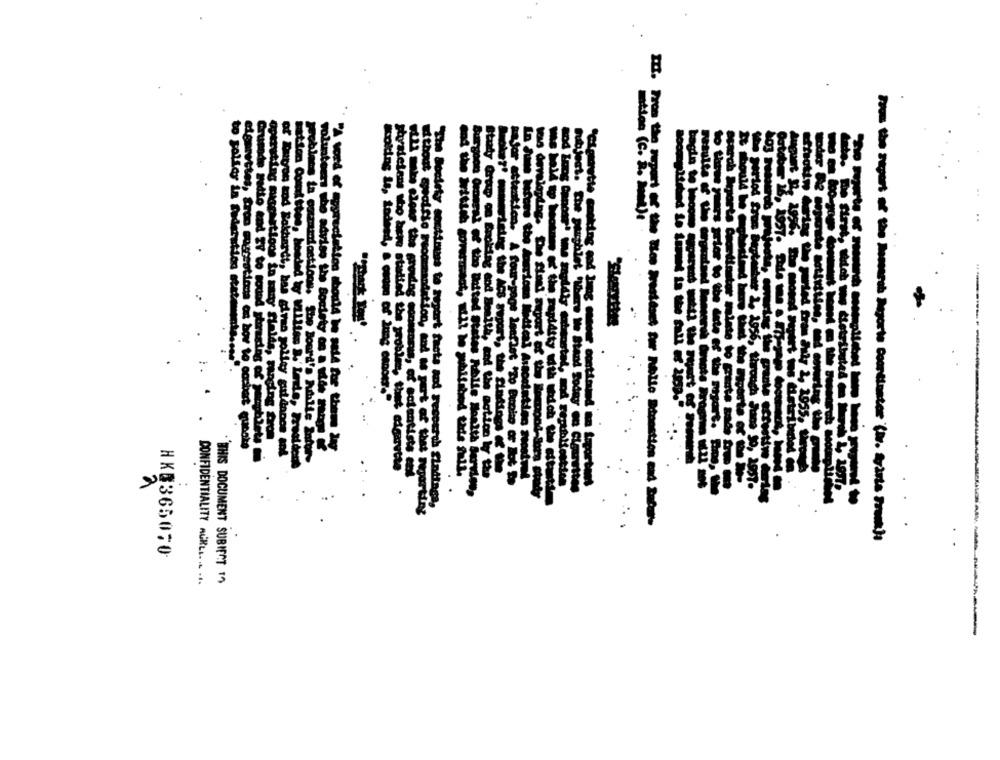
m.
volun
storsielans wax
Kolding la, to
"The Society continues to report
--------
to poliar in federation statements .. ms".
1955.
operating suispastions in sany fields, ranging from
cigarettes, tran cosrestions on bov to eccbert qunake
Grumde Facto end SY to sound storaging of pamphlets
of Eutron and Sokhardt, bas giras polley guidanon and
mitlon Comittee, hooded ty Millles I.' Lede, Freaiden
Jm, thet cigarette
warteing the ACS suport, the findings If -
wDuras of tho Baited States Rolle Hoalth Servle
ay Grup Oo Broling cod Benith, and the notion ly thu
page Jenflot 'To Busine or Not Be
ball wo hooinin K' the rapidtty with which the attuti
From the Stpart of the Besseral Deporte Contienter (i. Sparta Frank):
HKQ3650;0
CONFIDENTIALITY AURLI. ... ...
.THIS DOCUMENT SUBIECT 19
---